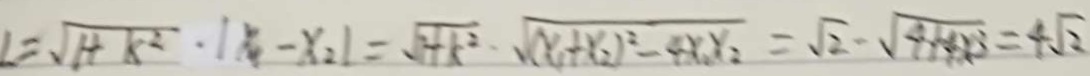
1 = \sqrt { 1 + k ^ { 2 } } \cdot \vert x _ { 4 } - x _ { 2 } \vert = \sqrt { 1 + k ^ { 2 } } \cdot \sqrt { ( x _ { 1 } + x _ { 2 } ) ^ { 2 } - 4 x _ { 4 } x _ { 2 } } = \sqrt { 2 } \cdot \sqrt { 4 + 4 \times 3 } = 4 \sqrt { 2 }